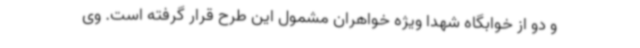
و دو از خوابگاه شهدا ویژه خواهران مشمول این طرح قرار گرفته است. وی